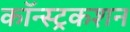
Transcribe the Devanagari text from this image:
कॉन्स्ट्रकशन